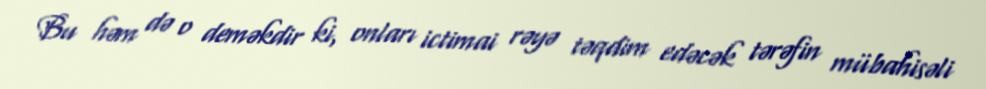
Bu həm də o deməkdir ki, onları ictimai rəyə təqdim edəcək tərəfin mübahisəli